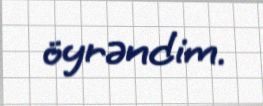
öyrəndim.